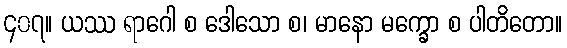
၄၀၇။ ယဿ ရာဂေါ စ ဒေါသော စ၊ မာနော မက္ခော စ ပါတိတော။